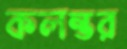
কলন্তর